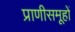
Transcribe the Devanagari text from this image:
प्राणीसमूहों